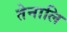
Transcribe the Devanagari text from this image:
तेनालि